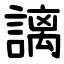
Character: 謧